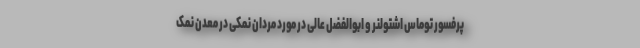
پرفسور توماس اشتولنر و ابوالفضل عالی در مورد مردان نمکی در معدن نمک